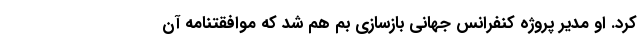
کرد. او مدیر پروژه کنفرانس جهانى بازسازى بم هم شد که موافقتنامه آن